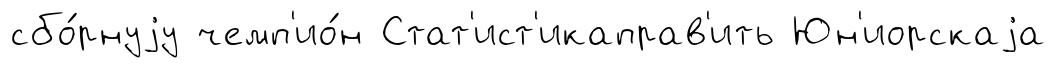
сбо́рнуjу чемп'ио́н Стат'ист'икаправ'ить Юн'иорскаjа